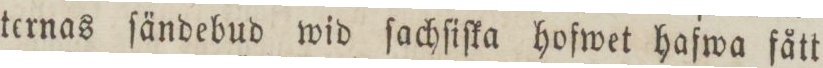
ternas ſändebud wid ſachſiſka hofwet hafwa fått